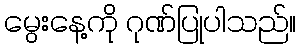
မွေးနေ့ကို ဂုဏ်ပြုပါသည်။